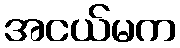
အငယ်မက